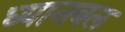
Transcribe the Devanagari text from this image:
ध्यानबल